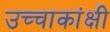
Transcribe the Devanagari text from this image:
उच्चाकांक्षी